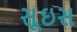
સૂઇસ